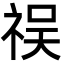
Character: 祦